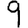
Digit: 9